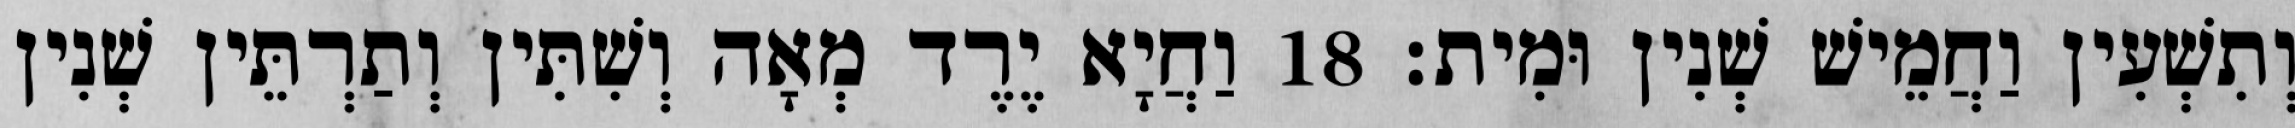
וְתִשְׁעִין וַחֲמֵישׁ שְׁנִין וּמִית׃ 18 וַחֲיָא יֶרֶד מְאָה וְשִׁתִּין וְתַרְתֵּין שְׁנִין